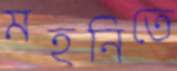
মহনিতে